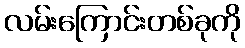
လမ်းကြောင်းတစ်ခုကို